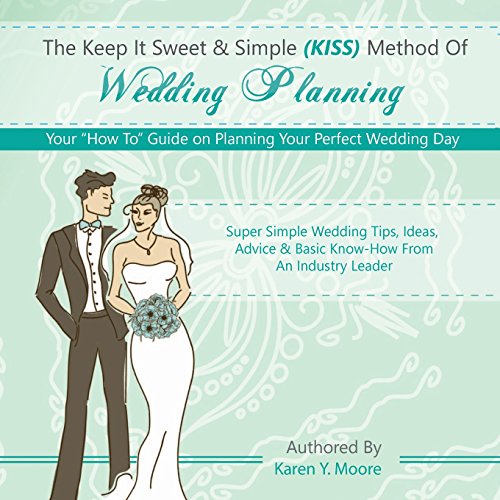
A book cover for The Keep It Sweet & Simple (KISS) Method Of  Wedding Planning: Your "How To" Guide on Planning Your Perfect Wedding Day; Karen Y. Moore; Crafts, Hobbies & Home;